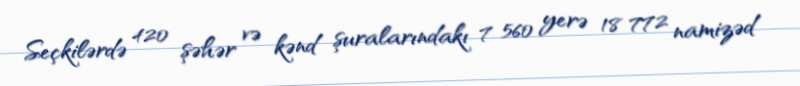
Seçkilərdə 420 şəhər və kənd şuralarındakı 7 560 yerə 18 772 namizəd